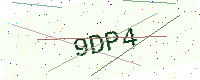
Text: 9DP4